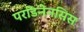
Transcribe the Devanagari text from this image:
परडिनेनसिस